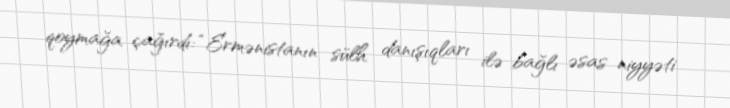
qoymağa çağırdı: “Ermənistanın sülh danışıqları ilə bağlı əsas niyyəti